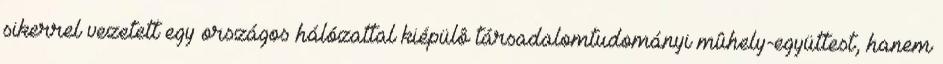
sikerrel vezetett egy országos hálózattal kiépülô társadalomtudományi mûhely-együttest, hanem